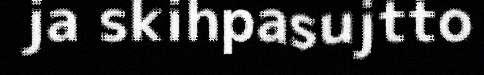
ja skihpasujtto